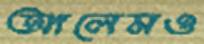
আলেমও